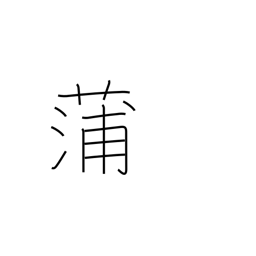
Meaning: flag